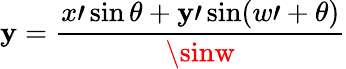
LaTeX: \mathbf{y}=\frac{{x\prime\sin\theta+\mathbf{y}\prime\sin(w\prime+\theta)}}{{\sinw}}